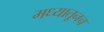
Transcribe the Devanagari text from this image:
मध्यातूनच